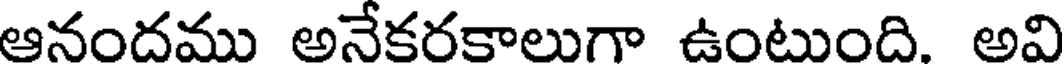
ఆనందము అనేకరకాలుగా ఉంటుంది. అవి